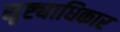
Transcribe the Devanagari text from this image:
सृष्ट्याधिकार